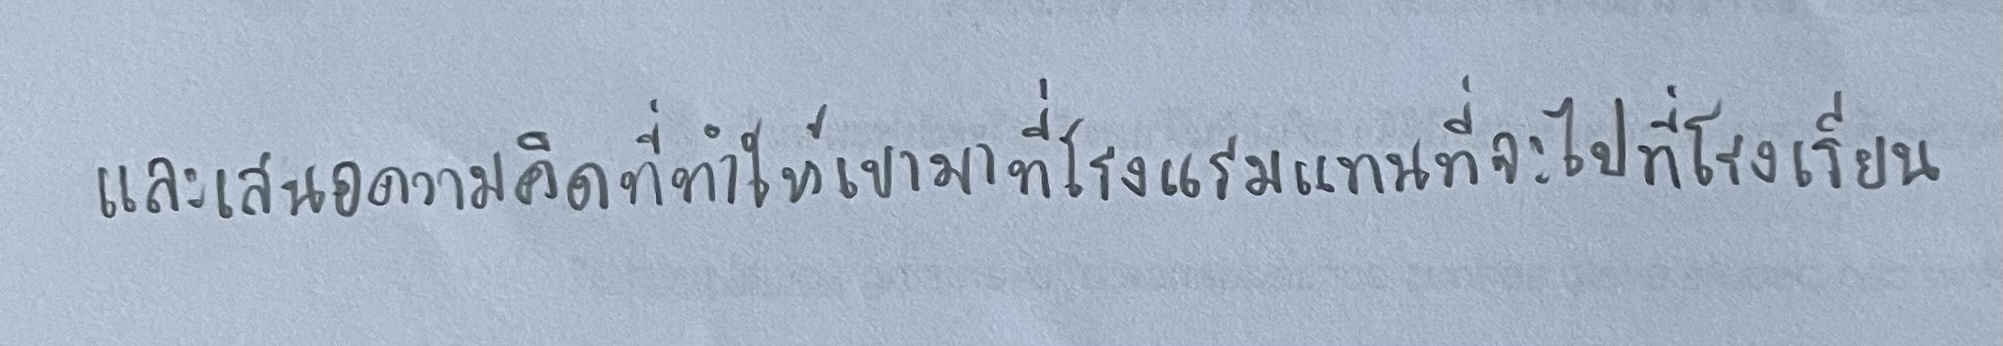
และเสนอความคิดที่ทำให้เขามาที่โรงแรมแทนที่จะไปที่โรงเรียน